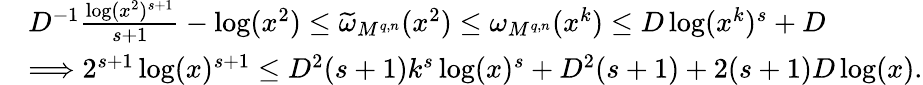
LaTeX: \begin{array}{rl}&{D^{-1}\frac{\log(x^{2})^{s+1}}{s+1}-\log(x^{2})\le\widetilde{\omega}_{M^{q,n}}(x^{2})\le\omega_{M^{q,n}}(x^{k})\le D\log(x^{k})^{s}+D}\\ &{\Longrightarrow 2^{s+1}\log(x)^{s+1}\le D^{2}(s+1)k^{s}\log(x)^{s}+D^{2}(s+1)+2(s+1)D\log(x).}\end{array}